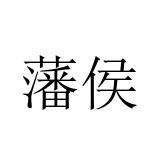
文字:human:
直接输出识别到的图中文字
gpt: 藩侯